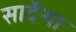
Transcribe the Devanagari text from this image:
सार्देन्या